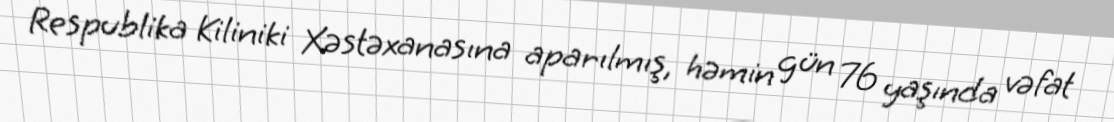
Respublika Kiliniki Xəstəxanasına aparılmış, həmin gün 76 yaşında vəfat